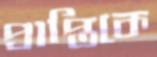
প্রাপ্তিকে